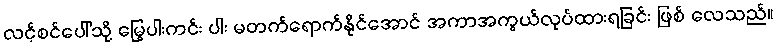
လင့်စင်ပေါ်သို့ မြွေပါးကင်း ပါး မတက်ရောက်နိုင်အောင် အကာအကွယ်လုပ်ထားရခြင်း ဖြစ် လေသည်။